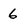
Character: 6